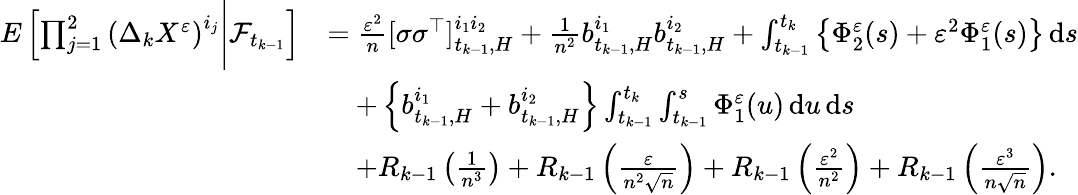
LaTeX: \begin{array}{rl}{E\left[\prod_{j=1}^{2}\left(\Delta_{k}X^{\varepsilon}\right)^{i_{j}}\Bigg|\mathcal{F}_{t_{k-1}}\right]}&{=\frac{\varepsilon^{2}}{n}[\sigma\sigma^{\top}]_{t_{k-1},H}^{i_{1}i_{2}}+\frac{1}{n^{2}}b_{t_{k-1},H}^{i_{1}}b_{t_{k-1},H}^{i_{2}}+\int_{t_{k-1}}^{t_{k}}\left\{ \Phi_{2}^{\varepsilon}(s)+\varepsilon^{2}\Phi_{1}^{\varepsilon}(s)\right\} \, \mathrm{d}s}\\ &{\quad+\left\{ b_{t_{k-1},H}^{i_{1}}+b_{t_{k-1},H}^{i_{2}}\right\} \int_{t_{k-1}}^{t_{k}}\int_{t_{k-1}}^{s}\Phi_{1}^{\varepsilon}(u)\, \mathrm{d}u\, \mathrm{d}s}\\ &{\quad+R_{k-1}\left(\frac{1}{n^{3}}\right)+R_{k-1}\left(\frac{\varepsilon}{n^{2}\sqrt{n}}\right)+R_{k-1}\left(\frac{\varepsilon^{2}}{n^{2}}\right)+R_{k-1}\left(\frac{\varepsilon^{3}}{n\sqrt{n}}\right).}\end{array}